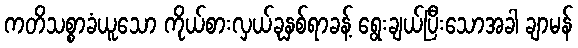
ကတိသစ္စာခံယူသော ကိုယ်စားလှယ်ခုနှစ်ရာခန့် ရွေးချယ်ပြီးသောအခါ ချာမန်